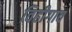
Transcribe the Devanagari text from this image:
विहीगाव